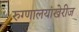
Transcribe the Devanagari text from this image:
रुग्णालयांखेरीज